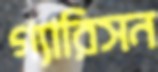
গ্যারিসন